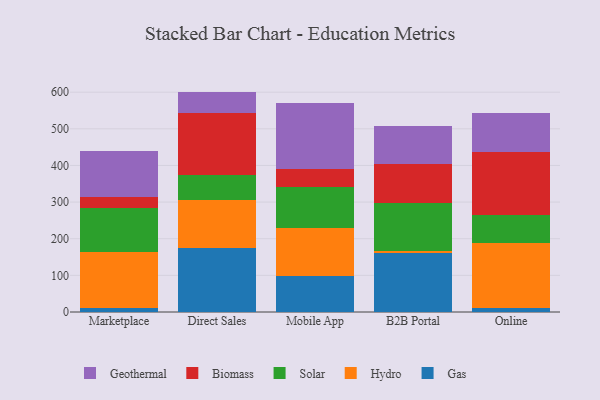
{"axis": {"x": "Channel", "y": "Operating Costs (USD K)"}, "legend": ["Biomass", "Gas", "Geothermal", "Hydro", "Solar"], "data": [{"x": "Marketplace", "y": 10.8, "type": "Gas"}, {"x": "Marketplace", "y": 154.0, "type": "Hydro"}, {"x": "Marketplace", "y": 119.2, "type": "Solar"}, {"x": "Marketplace", "y": 29.4, "type": "Biomass"}, {"x": "Marketplace", "y": 124.9, "type": "Geothermal"}, {"x": "Direct Sales", "y": 173.8, "type": "Gas"}, {"x": "Direct Sales", "y": 132.8, "type": "Hydro"}, {"x": "Direct Sales", "y": 68.4, "type": "Solar"}, {"x": "Direct Sales", "y": 168.9, "type": "Biomass"}, {"x": "Direct Sales", "y": 57.7, "type": "Geothermal"}, {"x": "Mobile App", "y": 99.2, "type": "Gas"}, {"x": "Mobile App", "y": 130.4, "type": "Hydro"}, {"x": "Mobile App", "y": 110.7, "type": "Solar"}, {"x": "Mobile App", "y": 51.4, "type": "Biomass"}, {"x": "Mobile App", "y": 177.7, "type": "Geothermal"}, {"x": "B2B Portal", "y": 160.0, "type": "Gas"}, {"x": "B2B Portal", "y": 7.6, "type": "Hydro"}, {"x": "B2B Portal", "y": 129.3, "type": "Solar"}, {"x": "B2B Portal", "y": 107.0, "type": "Biomass"}, {"x": "B2B Portal", "y": 103.7, "type": "Geothermal"}, {"x": "Online", "y": 9.7, "type": "Gas"}, {"x": "Online", "y": 179.8, "type": "Hydro"}, {"x": "Online", "y": 76.2, "type": "Solar"}, {"x": "Online", "y": 170.1, "type": "Biomass"}, {"x": "Online", "y": 108.0, "type": "Geothermal"}]}